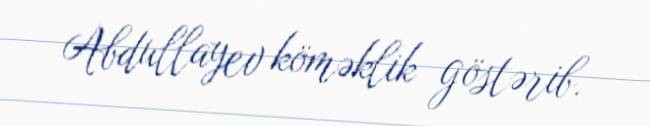
Abdullayev köməklik göstərib.